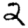
Digit: 2